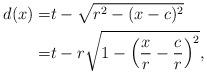
LaTeX: \begin{align*}d(x) = & t - \sqrt{r^2 -(x-c)^2}\\=& t - r \sqrt{1 -\left(\frac{x}{r}-\frac{c}{r}\right)^2},\end{align*}